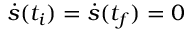
\dot { s } ( t _ { i } ) = \dot { s } ( t _ { f } ) = 0